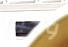
وكبير